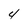
Character: 4